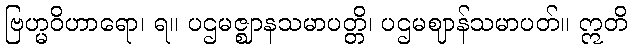
ဗြဟ္မဝိဟာရော၊ ရ။ ပဌမဇ္ဈာနသမာပတ္တိ၊ ပဌမဈာန်သမာပတ်။ ဣတိ